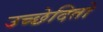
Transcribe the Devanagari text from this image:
उच्छेदितो